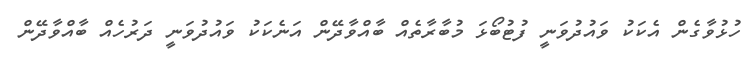
ހުޅުވާގެން އެކަކު ވައުދުވަނީ ފުޓުބޯޅަ މުބާރާތެއް ބާއްވާދޭން އަނެކަކު ވައުދުވަނީ ދަރުހެއް ބާއްވާދޭން